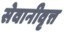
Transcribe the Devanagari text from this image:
सेवानीवृत्त